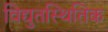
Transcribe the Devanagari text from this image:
विद्युतस्थितिक